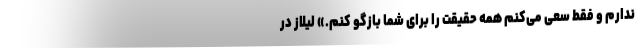
ندارم و فقط سعی می‌کنم همه حقیقت را برای شما بازگو کنم.» لیلاز در